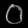
Digit: ၀